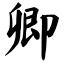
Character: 卿